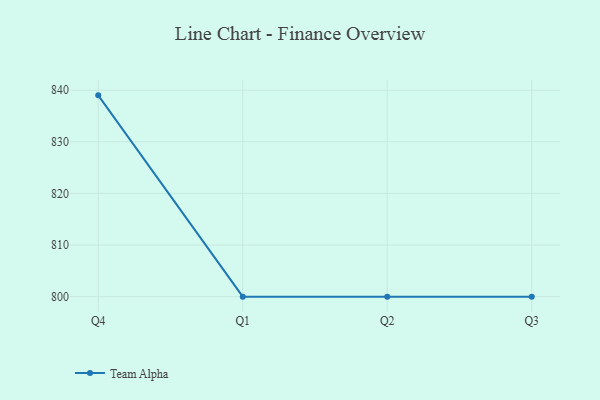
{"axis": {"x": "Quarter", "y": "Backlog"}, "legend": ["Team Alpha"], "data": [{"x": "Q4", "y": 839.0, "type": "Team Alpha"}, {"x": "Q1", "y": 800, "type": "Team Alpha"}, {"x": "Q2", "y": 800, "type": "Team Alpha"}, {"x": "Q3", "y": 800, "type": "Team Alpha"}]}